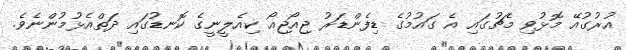
އުރުގުއޭ މޮޅުވި މެޗުގައި އެ ގައުމުގެ ޑިފެންޑަރު ޖިއޯޖިއޯ ކިއެލީނީގެ ކޮނޑުގައި ދަތްއެޅުމުންނެވެ.